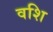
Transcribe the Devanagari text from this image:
वशि